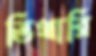
ভিখারি